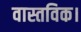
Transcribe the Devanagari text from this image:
वास्तविक।